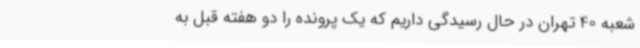
شعبه 40 تهران در حال رسیدگی داریم که یک پرونده را دو هفته قبل به